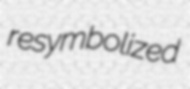
resymbolized